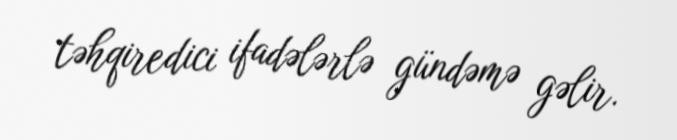
təhqiredici ifadələrlə gündəmə gəlir.